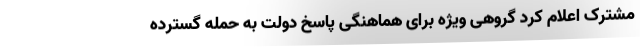
مشترک اعلام کرد گروهی ویژه برای هماهنگی پاسخ دولت به حمله گسترده